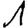
Digit: 1